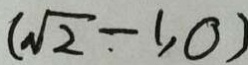
( \sqrt { 2 } - 1 , 0 )